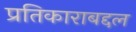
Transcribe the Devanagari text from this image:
प्रतिकाराबद्दल